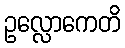
ဥလ္လောကေတိ